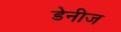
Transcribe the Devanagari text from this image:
डेनीज